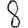
Digit: 8